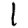
Digit: 1